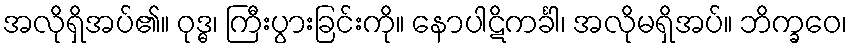
အလိုရှိအပ်၏။ ဝုဒ္ဓ၊ ကြီးပွားခြင်းကို။ နောပါဋိကင်္ခါ၊ အလိုမရှိအပ်။ ဘိက္ခဝေ၊